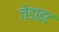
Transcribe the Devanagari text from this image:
जेडाइट